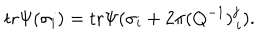
\mathrm { t r } \Psi ( \sigma _ { i } ) = \mathrm { t r } \Psi ( \sigma _ { i } + 2 \pi ( Q ^ { - 1 } ) _ { \, i } ^ { j } ) .